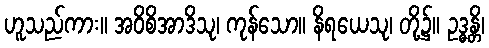
ဟူသည်ကား။ အဝိစိအာဒိသု၊ ကုန်သော။ နိရယေသု၊ တို့၌။ ဥဒ္ဓန္တိ၊